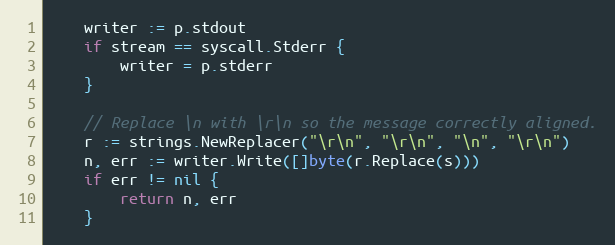
Language: Go
	writer := p.stdout
	if stream == syscall.Stderr {
		writer = p.stderr
	}

	// Replace \n with \r\n so the message correctly aligned.
	r := strings.NewReplacer("\r\n", "\r\n", "\n", "\r\n")
	n, err := writer.Write([]byte(r.Replace(s)))
	if err != nil {
		return n, err
	}